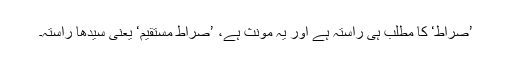
’صراط‘ کا مطلب ہی راستہ ہے اور یہ مونث ہے، ’صراطِ مستقیم‘ یعنی سیدھا راستہ۔